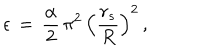
\epsilon \, = \, \frac { \alpha } { 2 } \, \pi ^ { 2 } \, \left( \frac { r _ { s } } { R } \right) ^ { 2 } \, { , }